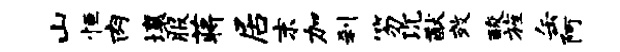
山恒肉壤服蒋居末加刹笏沉猷效酸旌缶阿